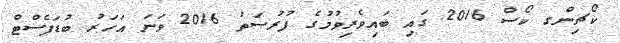
ކޯޗިންގ ކޯސް 2016 ގައި ބައިވެރިވުމުގެ ފުރުޞަތު 2016 ވަނަ އަހަރު ބުޑަޕެސްޓް